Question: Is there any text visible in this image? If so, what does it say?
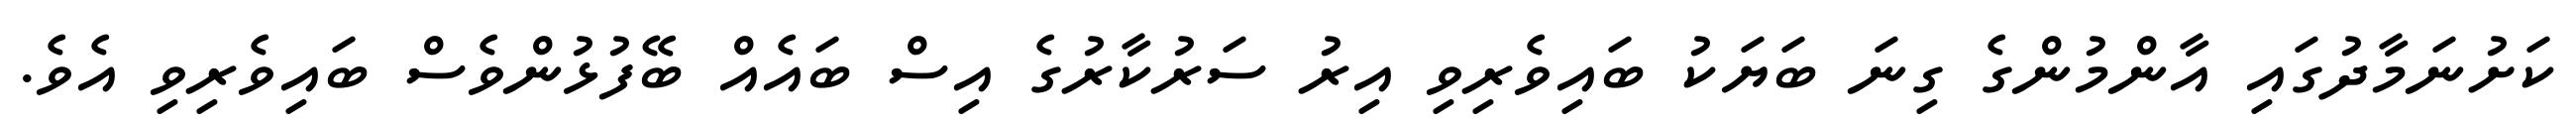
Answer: ކަށުނަމާދުގައި އާންމުންގެ ގިނަ ބަޔަކު ބައިވެރިވި އިރު ސަރުކާރުގެ އިސް ބައެއް ބޭފުޅުންވެސް ބައިވެރިވި އެވެ.